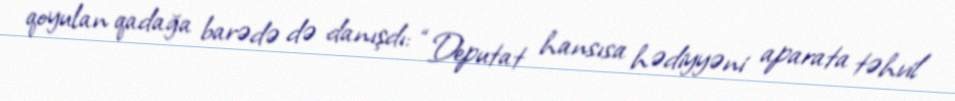
qoyulan qadağa barədə də danışdı: “Deputat hansısa hədiyyəni aparata təhvil